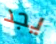
يجد